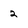
Character: 2